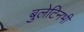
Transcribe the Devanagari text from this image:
बुलेटिनभी